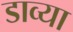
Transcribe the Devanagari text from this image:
डाव्‍या